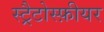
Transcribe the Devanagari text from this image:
स्ट्रैटोस्फ़ीयर